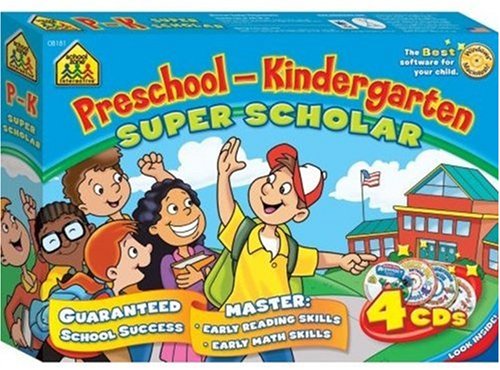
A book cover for Preschool-Kindergarten Super Scholar; Not Available (NA); Children's Books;